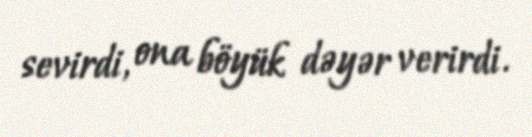
sevirdi, ona böyük dəyər verirdi.